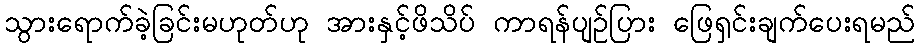
သွားရောက်ခဲ့ခြင်းမဟုတ်ဟု အားနှင့်ဖိသိပ် ကာရန်ပျဉ်ပြား ဖြေရှင်းချက်ပေးရမည်